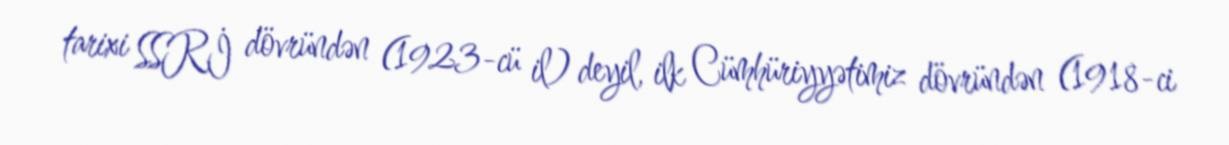
tarixi SSRİ dövründən (1923-cü il) deyil, ilk Cümhüriyyətimiz dövründən (1918-ci